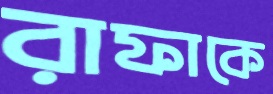
রাফাকে